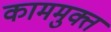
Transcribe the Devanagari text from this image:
काममुक्त